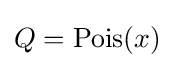
Q=\operatorname {Pois} (x)